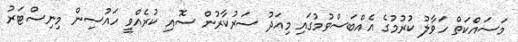
މަސައްކަތް ހަވާލު ކުރުމުގެ އެއްބަސްވުމުގައި މިއަދު ސަރުކާރުން ސޮއި ކުރެއްވީ ހައުސިން މިނިސްޓަރު